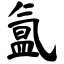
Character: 氲